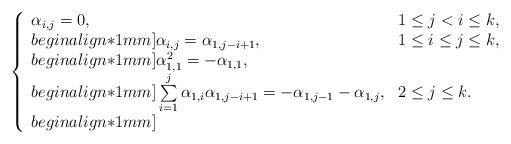
LaTeX: \begin{align*}\left\{\begin{array}{ll}\alpha_{i,j}=0, & 1\leq j < i \leq k,\\begin{align*}1mm]\alpha_{i,j}=\alpha_{1,j-i+1},&1\leq i\leq j\leq k,\\begin{align*}1mm]\alpha_{1,1}^2=-\alpha_{1,1},&\\begin{align*}1mm]\sum\limits_{i=1}^{j}\alpha_{1,i}\alpha_{1,j-i+1}=-\alpha_{1,j-1}-\alpha_{1,j},& 2\leq j\leq k.\\begin{align*}1mm]\end{array}\right.\end{align*}